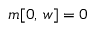
m [ 0 , \, w ] = 0